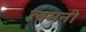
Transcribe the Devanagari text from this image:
लमनी